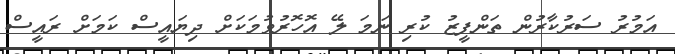
އަމުރު ސަރުކާރުން ތަންފީޒު ކުރި ނަމަ ލޭ އޮހޮރުވުމަކަށް ދިޔައީސް ކަމަށް ރައީސް